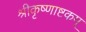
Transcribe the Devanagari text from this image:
श्रीकृष्णाष्टकम्